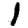
Digit: 1